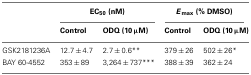
<table><thead><tr><td></td><td colspan="2"><b>EC<sub>50</sub> (nM)</b></td><td colspan="2"><b><i>E</i><sub>max</sub> (% DMSO)</b></td></tr><tr><td></td><td><b>Control</b></td><td><b>ODQ (10 μM)</b></td><td><b>Control</b></td><td><b>ODQ (10 μM)</b></td></tr></thead><tbody><tr><td>GSK2181236A</td><td>12.7 ± 4.7</td><td>2.7 ± 0.6**</td><td>379 ± 26</td><td>502 ± 26*</td></tr><tr><td>BAY 60-4552</td><td>353 ± 89</td><td>3,264 ± 737***</td><td>388 ± 39</td><td>362 ± 24</td></tr></tbody></table>